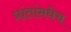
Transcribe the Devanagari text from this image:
प्रांतांमधेच